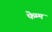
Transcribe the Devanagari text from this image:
फेम्म